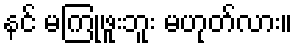
နင် မကြုံဖူးဘူး မဟုတ်လား။